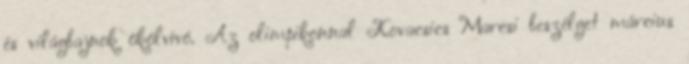
és világbajnok ökölvívó. Az olimpikonnal Kovacsics Marcsi beszélget március